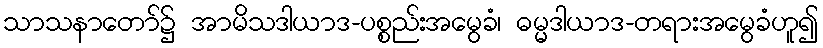
သာသနာတော်၌ အာမိသဒါယာဒ-ပစ္စည်းအမွေခံ၊ ဓမ္မဒါယာဒ-တရားအမွေခံဟူ၍